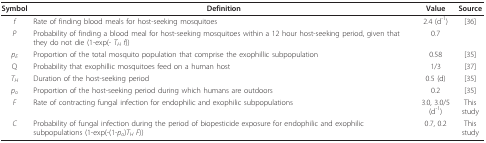
<table><thead><tr><td><b>Symbol</b></td><td><b>Definition</b></td><td><b>Value</b></td><td><b>Source</b></td></tr></thead><tbody><tr><td><i>f</i></td><td>Rate of finding blood meals for host-seeking mosquitoes</td><td>2.4 (d<sup>-1</sup>)</td><td>[36]</td></tr><tr><td><i>P</i></td><td>Probability of finding a blood meal for host-seeking mosquitoes within a 12 hour host-seeking period, given that they do not die (1-exp(- <i>T<sub>H </sub></i><i>f</i>))</td><td>0.7</td><td></td></tr><tr><td><i>p<sub>E</sub></i></td><td>Proportion of the total mosquito population that comprise the exophillic subpopulation</td><td>0.58</td><td>[35]</td></tr><tr><td>Q</td><td>Probability that exophillic mosquitoes feed on a human host</td><td>1/3</td><td>[37]</td></tr><tr><td><i>T<sub>H</sub></i></td><td>Duration of the host-seeking period</td><td>0.5 (d)</td><td>[35]</td></tr><tr><td><i>p<sub>o</sub></i></td><td>Proportion of the host-seeking period during which humans are outdoors</td><td>0.2</td><td>[35]</td></tr><tr><td><i>F</i></td><td>Rate of contracting fungal infection for endophilic and exophilic subpopulations</td><td>3.0, 3.0/5 (d<sup>-1</sup>)</td><td>This study</td></tr><tr><td><i>C</i></td><td>Probability of fungal infection during the period of biopesticide exposure for endophilic and exophilic subpopulations (1-exp(-(1-<i>p<sub>o</sub></i>)<i>T<sub>H </sub></i><i>F</i>))</td><td>0.7, 0.2</td><td>This study</td></tr></tbody></table>